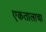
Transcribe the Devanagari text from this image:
एकतालाचा